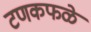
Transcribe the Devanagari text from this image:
टणकफळे